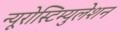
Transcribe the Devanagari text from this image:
न्यूरोस्टिम्युलेशन